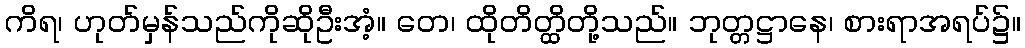
ကိရ၊ ဟုတ်မှန်သည်ကိုဆိုဦးအံ့။ တေ၊ ထိုတိတ္ထိတို့သည်။ ဘုတ္တဋ္ဌာနေ၊ စားရာအရပ်၌။